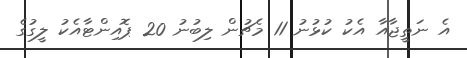
އެ ނަތީޖާއާ އެކު ކުޅުނު 11 މެޗުން ލިބުނު 20 ޕޮއިންޓާއެކު ލީގުގެ